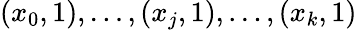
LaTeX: (x_{0},1),\ldots,(x_{j},1),\ldots,(x_{k},1)